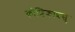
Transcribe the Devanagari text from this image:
कोशिकाप्रसु